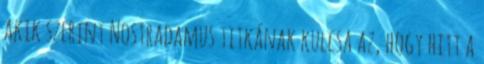
akik szerint Nostradamus titkának kulcsa az, hogy hitt a